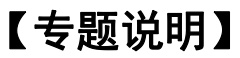
【专题说明】